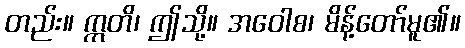
တည်း။ ဣတိ၊ ဤသို့။ အဝေါစ၊ မိန့်တော်မူ၏။